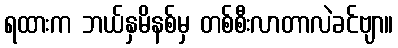
ရထားက ဘယ်နှမိနစ်မှ တစ်စီးလာတာလဲခင်ဗျာ။